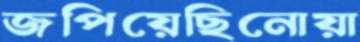
জপিয়েছিনোয়া